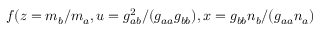
f ( z = m _ { b } / m _ { a } , u = g _ { a b } ^ { 2 } / ( g _ { a a } g _ { b b } ) , x = g _ { b b } n _ { b } / ( g _ { a a } n _ { a } )